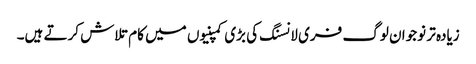
زیادہ تر نوجوان لوگ فری لانسنگ کی بڑی کمپنیوں میں کام تلاش کرتے ہیں۔